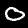
Digit: 0